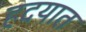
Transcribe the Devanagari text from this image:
हदयात